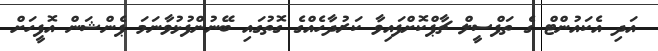
އަދި އެކައުންޓް ގެ ތަފްސީލް ޗާޕްކޮށްފައިވާ ކަރުދާހެއްގެ ގޮތުގައި ބޭނުންފުޅުވާނަމަ ޕެންޝަން އޮފީހަށް